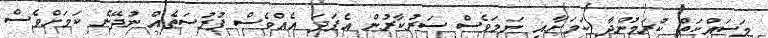
މަސައްކަތް ކުރަމުންދާ ކަމަށާއި ނަމަވެސް ސަރުކާރުން އެފަދަ އެއްވެސް ފުރުސަތެއް ނުދޭނެ ކަމަށްވެސް